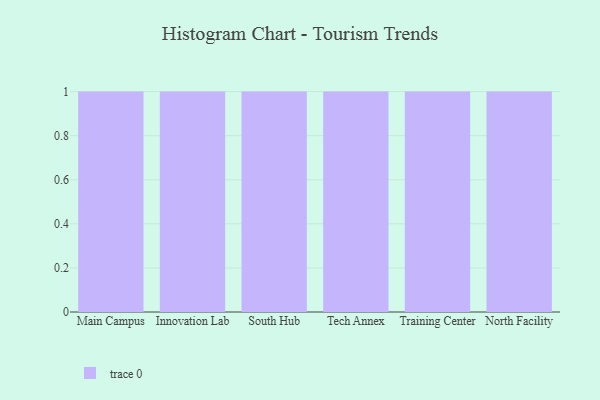
{"axis": {"x": "Campus", "y": "Gross Profit (USD K)"}, "legend": [""], "data": [{"x": "Main Campus", "y": 58, "type": ""}, {"x": "Innovation Lab", "y": 15, "type": ""}, {"x": "South Hub", "y": 37, "type": ""}, {"x": "Tech Annex", "y": 29, "type": ""}, {"x": "Training Center", "y": 75, "type": ""}, {"x": "North Facility", "y": 4, "type": ""}]}